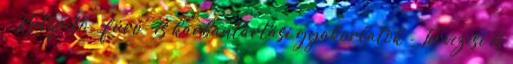
- Kútépítő-, fúró- és karbantartási gyakorlatok - Tervezési és